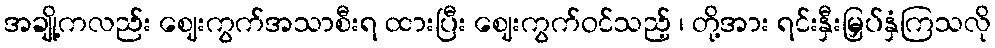
အချို့ကလည်း ဈေးကွက်အသာစီးရ ထားပြီး ဈေးကွက်ဝင်သည့် ၊ တို့အား ရင်းနှီးမြှပ်နှံကြသလို